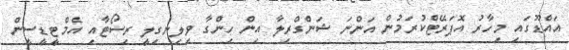
އައްޑޫގައި މިހާރު އޮޕަރޭޓްކުރަމުން އަންނަ ޝަންގްރިލާ އިން ހިންގާ ވިލިނގިލީ ރިސޯޓާއި އެމްޓީޑީސީން